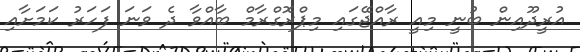
އުރީދޫއިން ބުނީ މިއީ ރާއްޖޭގައި މިޕްރޮގްރާމް ބާއްވާ ދެ ވަނަ ފަހަރު ކަމަށާއި